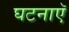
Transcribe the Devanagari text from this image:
घटनाएॅ